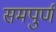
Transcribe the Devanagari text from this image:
समपुर्ण